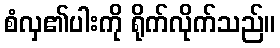
စံလှ၏ပါးကို ရိုက်လိုက်သည်။